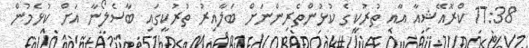
17:38 ކްރޮއޭޝިއާ އާއި ތުރުކީގެ ކުޅުންތެރިންނަށް ބަލާއިރު ތުރުކީގައި ބާސެލޯނާ އަށް ކުޅެމުން